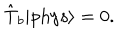
\hat { \mathrm { T } } _ { b } | \mathrm { p h y s } \rangle = 0 .